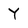
Character: Y